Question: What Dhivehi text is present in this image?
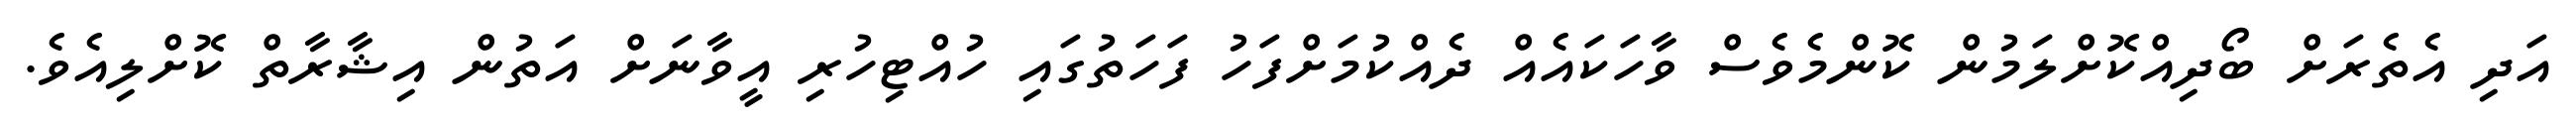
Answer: އަދި އެތެރަށް ބޯދިއްކޮށްލަމުން ކޮންމެވެސް ވާހަކައެއް ދެއްކުމަށްފަހު ފަހަތުގައި ހުއްޓިހުރި އީވާނަށް އަތުން އިޝާރާތް ކޮށްލިއެވެ.